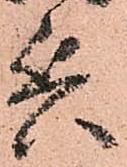
兵